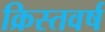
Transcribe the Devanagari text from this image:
क्रिस्तवर्ष